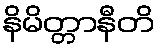
နိမိတ္တာနီတိ